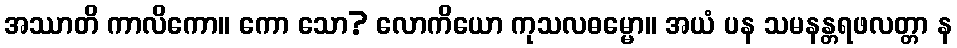
အဿာတိ ကာလိကော။ ကော သော? လောကိယော ကုသလဓမ္မော။ အယံ ပန သမနန္တရဖလတ္တာ န